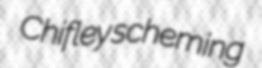
Chifley scheming